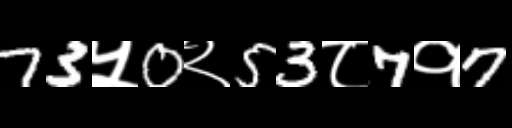
Text: 73५0२53८7१7